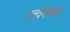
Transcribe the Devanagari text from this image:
एसईएलडी